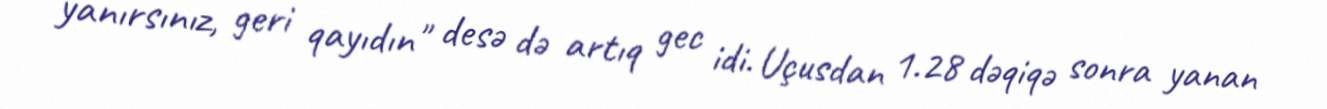
yanırsınız, geri qayıdın" desə də artıq gec idi. Uçusdan 1.28 dəqiqə sonra yanan